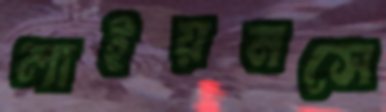
লাইয়নসে